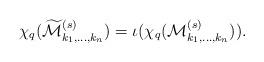
LaTeX: \begin{align*}\chi_{q}(\widetilde{\mathcal M}_{k_{1},\ldots,k_{n}}^{(s)})=\iota(\chi_{q}(\mathcal{M}_{k_{1},\ldots,k_{n}}^{(s)})).\end{align*}